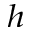
^ { h }